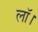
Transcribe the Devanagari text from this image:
लॉ।